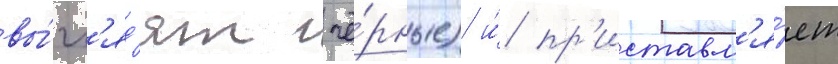
вы́гл'яд'ят чё́рные) и́ пр'иставл'я́ет